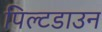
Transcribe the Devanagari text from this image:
पिल्टडाउन